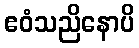
ဧဝံသညိနောပိ